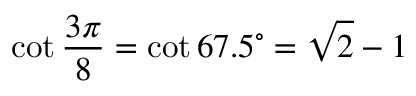
\cot { \frac { 3 \pi } { 8 } } = \cot 6 7 . 5 ^ { \circ } = { \sqrt { 2 } } - 1